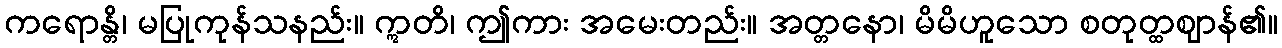
ကရောန္တိ၊ မပြုကုန်သနည်း။ ဣတိ၊ ဤကား အမေးတည်း။ အတ္တနော၊ မိမိဟူသော စတုတ္ထဈာန်၏။